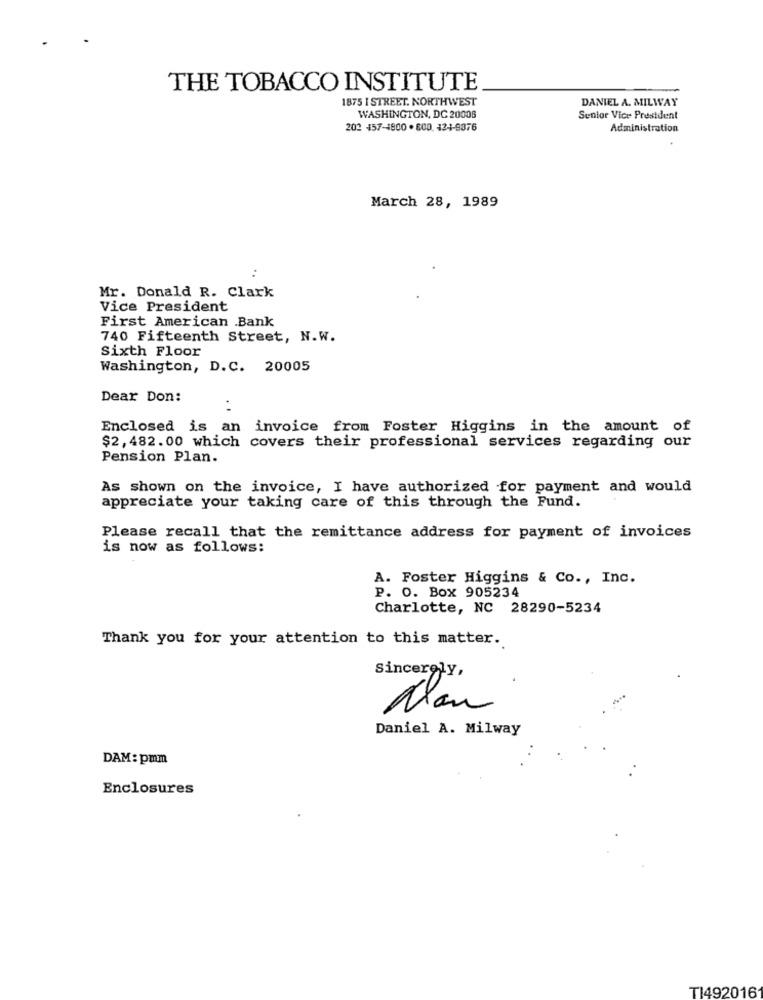
THE TOBACCO INSTITUTE
1875 I STREET. NORTHWEST
DANIEL A. MILWAY
WASHINGTON, DC 20008
Senior Vice President
202 157-4800 . 800. 12-1-9376
Administration
March 28, 1989
..
Mr. Donald R. Clark
Vice President
First American .Bank
740 Fifteenth Street, N.W.
Sixth Floor
Washington, D.C. 20005
Dear Don:
Enclosed is an invoice from Foster Higgins in the amount of
$2, 482.00 which covers their professional services regarding our
Pension Plan.
As shown on the invoice, I have authorized for payment and would
appreciate your taking care of this through the Fund.
Please recall that the remittance address for payment of invoices
is now as follows:
A. Foster Higgins & Co ., Inc.
P. O. Box 905234
Charlotte, NC 28290-5234
Thank you for your attention to this matter.
Sincerely,
Nan
Daniel A. Milway
DAM: pmm
Enclosures
TI492016